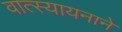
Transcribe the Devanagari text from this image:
वात्स्यायनाने